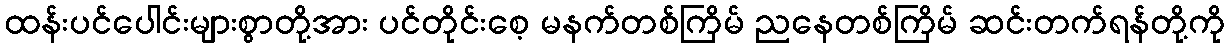
ထန်းပင်ပေါင်းများစွာတို့အား ပင်တိုင်းစေ့ မနက်တစ်ကြိမ် ညနေတစ်ကြိမ် ဆင်းတက်ရန်တို့ကို